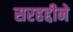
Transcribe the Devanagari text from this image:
सरहद्दीने